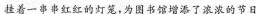
挂着一串串红红的灯笼，为图书馆增添了浓浓的节日